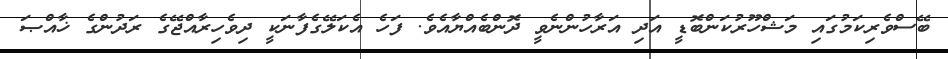
ބޭސްވެރިކަމުގައި މަޝްހޫރުކަންބޮޑީ އަދި އަރާހުންނެވީ ދޮންބެއްޔާއެވެ. ފަހެ އެކަލޭގެފާނަކީ ދިވެހިރާއްޖޭގެ ރަދުންގެ ޚާއްޞަ